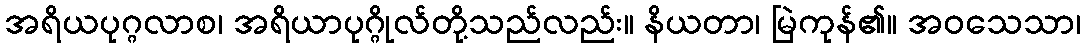
အရိယပုဂ္ဂလာစ၊ အရိယာပုဂ္ဂိုလ်တို့သည်လည်း။ နိယတာ၊ မြဲကုန်၏။ အဝသေသာ၊